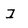
Character: I